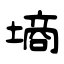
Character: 墒